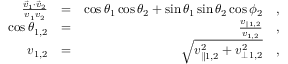
\begin{array} { r l r } { \frac { \vec { v } _ { 1 } \cdot \vec { v } _ { 2 } } { v _ { 1 } v _ { 2 } } } & { = } & { \cos \theta _ { 1 } \cos \theta _ { 2 } + \sin \theta _ { 1 } \sin \theta _ { 2 } \cos \phi _ { 2 } \quad , } \\ { \cos \theta _ { 1 , 2 } } & { = } & { \frac { v _ { \parallel 1 , 2 } } { v _ { 1 , 2 } } \quad , } \\ { v _ { 1 , 2 } } & { = } & { \sqrt { v _ { \parallel 1 , 2 } ^ { 2 } + v _ { \perp 1 , 2 } ^ { 2 } } \quad , } \end{array}